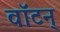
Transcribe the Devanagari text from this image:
वॉटन्